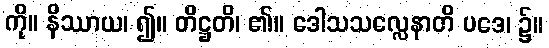
ကို။ နိဿာယ၊ ၍။ တိဋ္ဌတိ၊ ၏။ ဒေါသသလ္လေနာတိ ပဒေ၊ ၌။